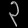
Digit: ၃